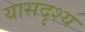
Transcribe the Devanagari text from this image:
यासदृश्य